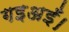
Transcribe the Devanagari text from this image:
गइअइँ।